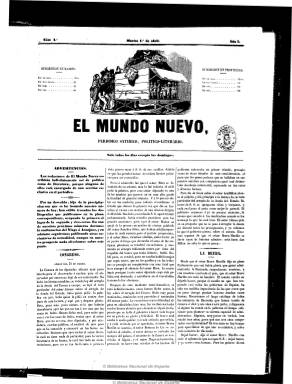
Título: El Mundo nuevo (Madrid)
Colección: Revistas satíricas y humorísticas || Periódicos
Ámbito geográfico: Madrid
Lugar de publicación: Madrid
Fechas: 01/04/1851-13/07/1851

Subtitulado “periódico satírico, político-literario”, fue fundado, dirigido y redactado por el escritor teatral, poeta y político liberal Eulogio Florentino Sanz (1822-1881), acompañado de Antonio Hurtado, para atacar la política conservadora del ministerio de Juan Bravo Murillo. Aparece el uno de abril de 1851 y, tras publicar tres números, cesa por no cumplir los requisitos legales de la prensa política. Reaparece el uno de mayo, con nueva numeración, y se seguirá publicando hasta su desaparición el 13 de julio del mismo año. Sanz abandonará sus tareas en el periódico a principios de junio.

Acompaña su cabecera un grabado y debió insertar también algunas litografías fuera de texto. Aparecía diariamente (excepto los domingos, y, después, los lunes) en números de cuatro páginas, saliendo de imprenta propia, a cargo de Núñez y Amor, y siendo editor responsable L.C. López.

Sus contenidos son crónicas y artículos sobre política distribuidos en secciones (Congreso, Extranjero, Provincias, Madrid, etc.). Contiene también la clásica revista de prensa e informaciones sobre la programación de espectáculos (teatros y toros), así como los precios de los mercados, las cotizaciones de bolsa y los cambios de moneda. Sus contenidos se refieren también a temas de literatura, arte y sociedad.